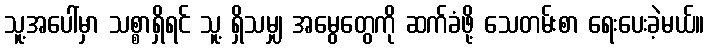
သူ့အပေါ်မှာ သစ္စာရှိရင် သူ့ ရှိသမျှ အမွေတွေကို ဆက်ခံဖို့ သေတမ်းစာ ရေးပေးခဲ့မယ်။